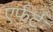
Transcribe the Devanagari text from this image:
एर्फर्ट